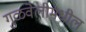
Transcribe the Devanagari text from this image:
गुळवेलीमधील